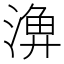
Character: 𣺆